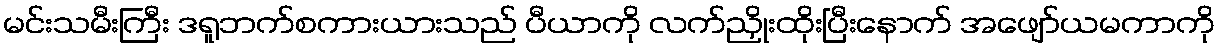
မင်းသမီးကြီး ဒရူဘက်စကားယားသည် ပီယာကို လက်ညှိုးထိုးပြီးနောက် အဖျော်ယမကာကို